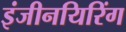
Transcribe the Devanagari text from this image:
इंजीनयिरिंग